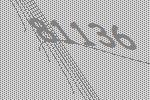
81136